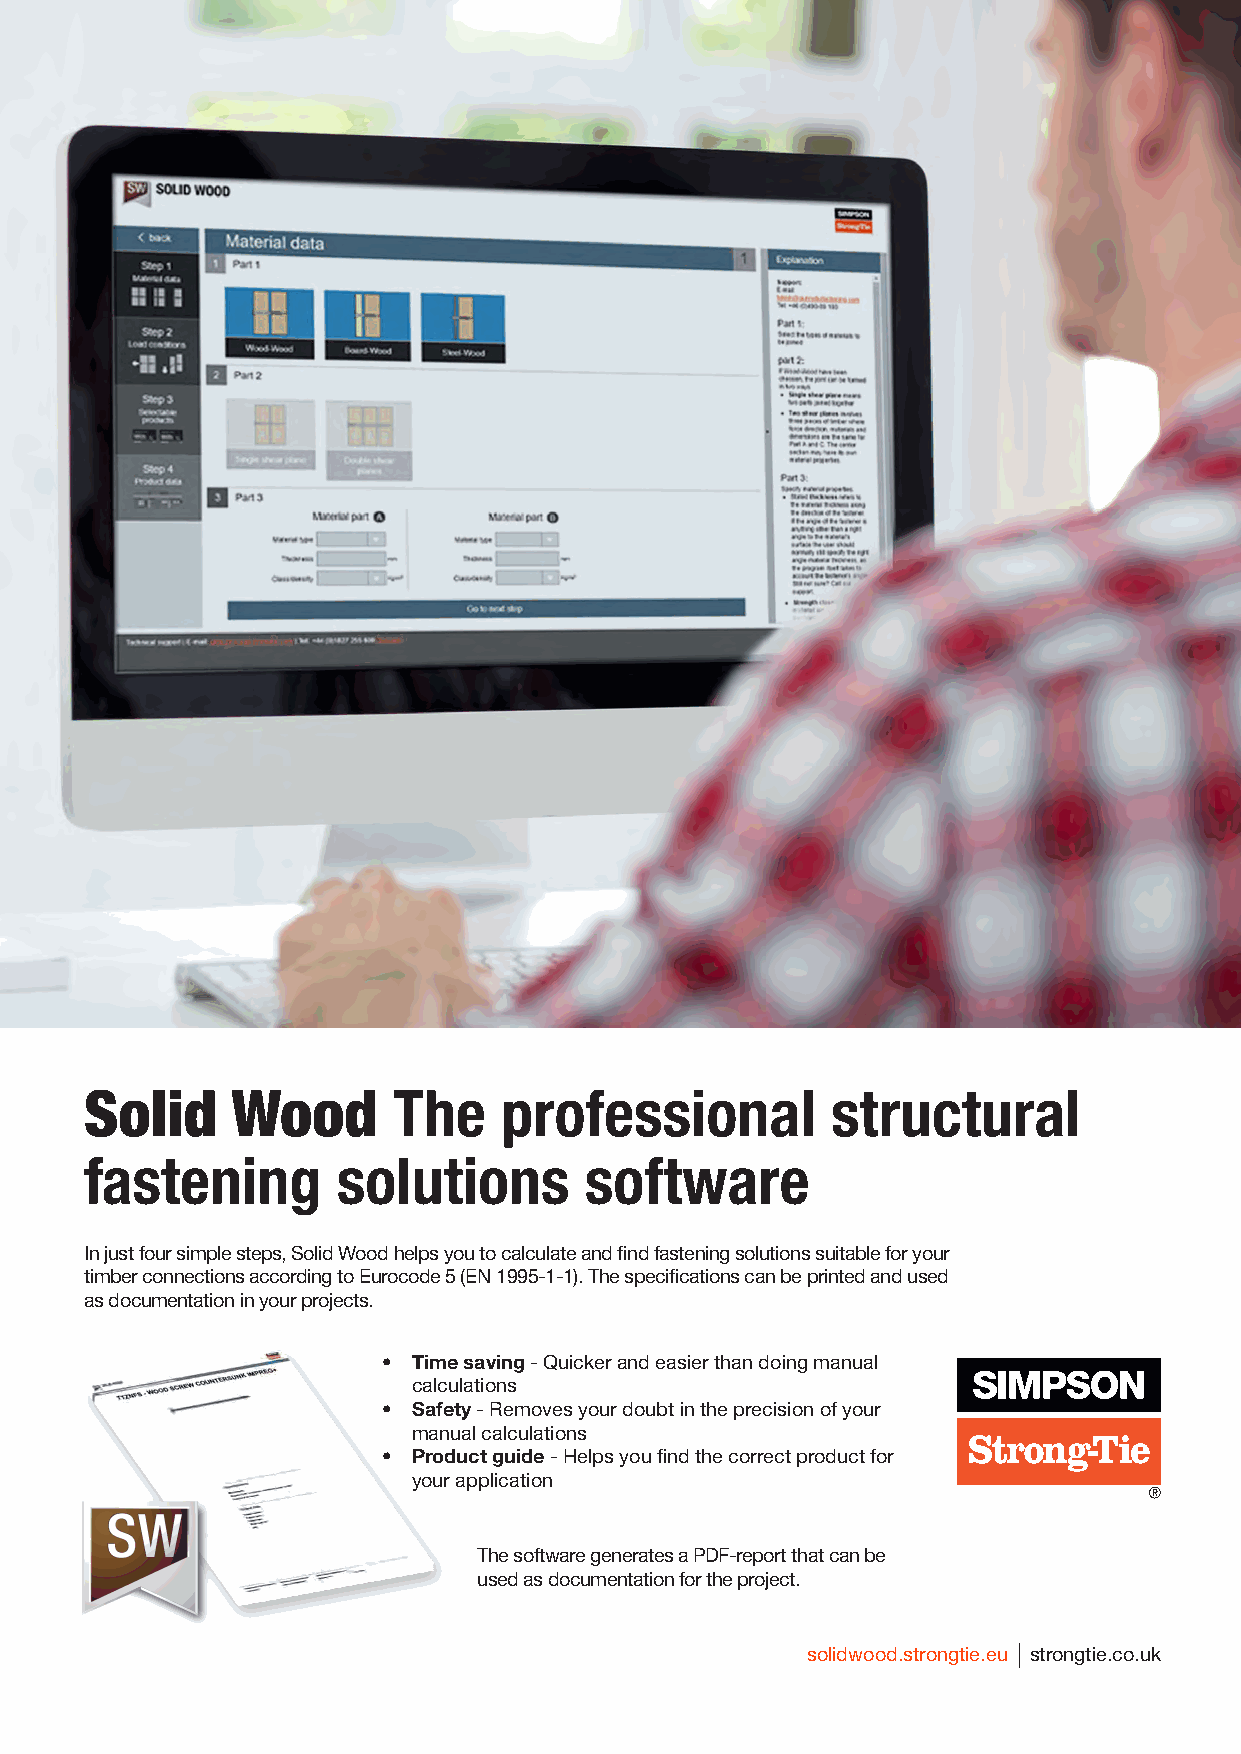
Solid    Wood       The    professional          structural
 fastening       solutions        software
 In just four simple steps, Solid Wood helps you to calculate and find fastening solutions suitable for your
 timber connections according to Eurocode 5 (EN 1995-1-1). The specifications can be printed and used
 as documentation in your projects.
 • Time saving - Quicker and easier than doing manual
 calculations
 • Safety - Removes your doubt in the precision of your
 manual calculations
 • Product guide - Helps you find the correct product for
 your application
 The software generates a PDF-report that can be
 used as documentation for the project.
 solidwood.strongtie.eu strongtie.co.uk